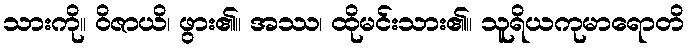
သားကို။ ဝိဇာယိ၊ ဖွား၏။ အဿ၊ ထိုမင်းသား၏။ သူရိယကုမာရောတိ